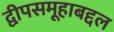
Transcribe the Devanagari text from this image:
द्वीपसमूहाबद्दल